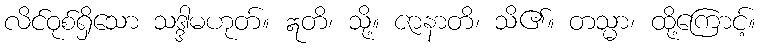
လိင်ဝုစ်ရှိသော သဒ္ဒါမဟုတ်။ ဣတိ၊ သို့။ ဇာနာတိ၊ သိ၏။ တသ္မာ၊ ထို့ကြောင့်။